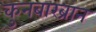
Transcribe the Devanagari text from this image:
कुनबारब्रान